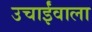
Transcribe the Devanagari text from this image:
उचाईंवाला